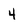
Character: 4